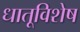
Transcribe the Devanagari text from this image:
धातूविशेष